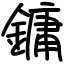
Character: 鏞